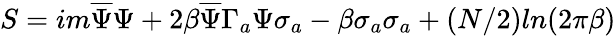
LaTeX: S=im\overline{{{\Psi}}}\Psi+2\beta\overline{{{\Psi}}}\Gamma_{a}\Psi\sigma_{a}-\beta\sigma_{a}\sigma_{a}+(N/2)ln(2\pi\beta)